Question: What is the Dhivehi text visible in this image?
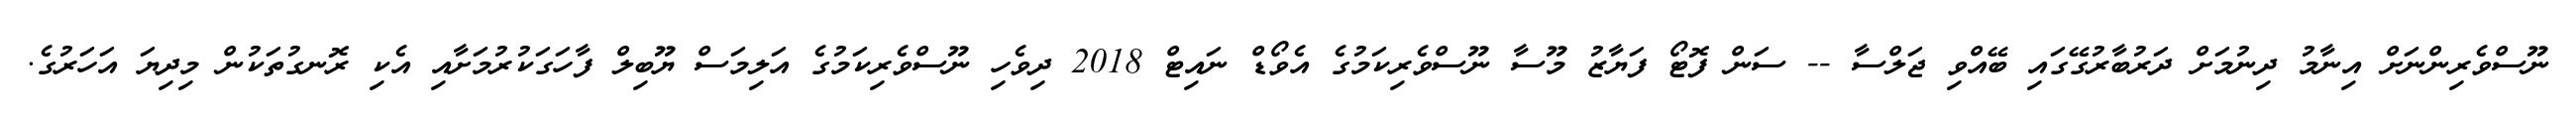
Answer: ނޫސްވެރިންނަށް އިނާމު ދިނުމަށް ދަރުބާރުގޭގައި ބޭއްވި ޖަލްސާ -- ސަން ފޮޓޯ ފަޔާޒު މޫސާ ނޫސްވެރިކަމުގެ އެވޯޑް ނައިޓް 2018 ދިވެހި ނޫސްވެރިކަމުގެ އަލިމަސް ޔޫބިލް ފާހަގަކުރުމަށާއި އެކި ރޮނގުތަކުން މިދިޔަ އަހަރުގެ.